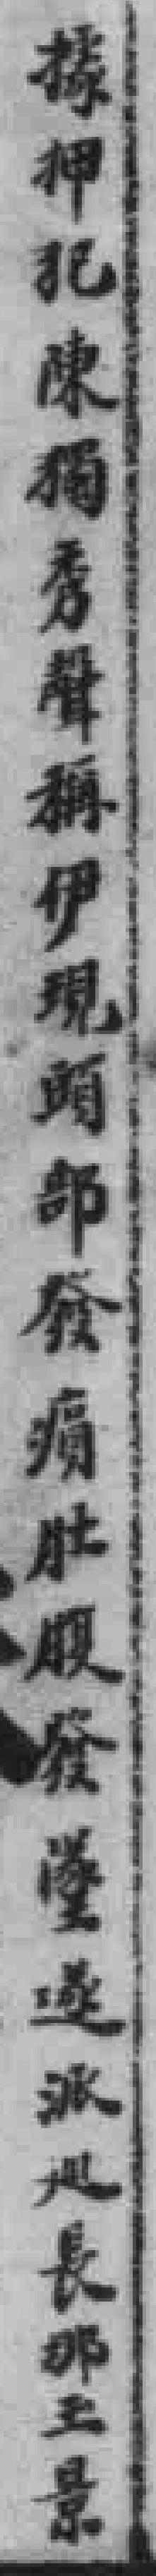
據押犯陳獨秀聲稱伊現頭部發痛肚腹發墜遂派巡長那玉景